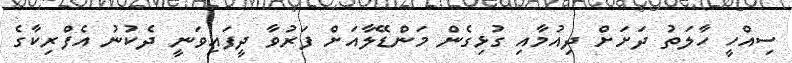
ސިއްހީ ހާލަތު ދަށަށް ދިއުމާއި ގުޅިގެން މަންޑޭލާއަށް ފަރުވާ ދީފައިވަނީ ދެކުނު އެފްރިކާގެ